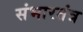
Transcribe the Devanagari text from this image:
संभारतंत्र